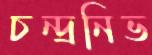
চন্দ্রনিভ